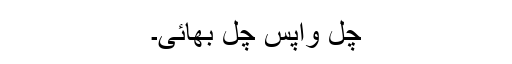
چل واپس چل بھائی۔